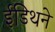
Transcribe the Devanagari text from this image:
ईडिथने